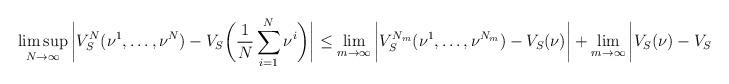
LaTeX: \begin{align*}\limsup_{N \to \infty} \bigg|V_S^N(\nu^1,\dots,\nu^N)-V_S \bigg( \frac{1}{N}\sum_{i=1}^{N}\nu^i \bigg) \bigg|\le\lim_{m \to \infty} \bigg|V_S^{N_m}(\nu^1,\dots,\nu^{N_m})-V_S (\nu) \bigg|+\lim_{m \to \infty} \bigg|V_S(\nu) -V_S \bigg( \frac{1}{N}\sum_{i=1}^{N_m}\nu^i \bigg) \bigg|=0,\end{align*}